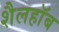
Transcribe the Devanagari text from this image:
शैलहाॅब